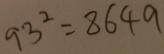
9 3 ^ { 2 } = 8 6 4 9